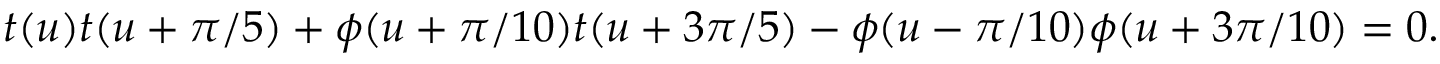
t ( u ) t ( u + \pi / 5 ) + \phi ( u + \pi / 1 0 ) t ( u + 3 \pi / 5 ) - \phi ( u - \pi / 1 0 ) \phi ( u + 3 \pi / 1 0 ) = 0 . \nonumber